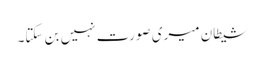
شیطان میری صورت نہیں بن سکتا۔